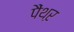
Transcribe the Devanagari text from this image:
पैंथऱ